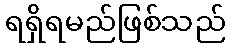
ရရှိရမည်ဖြစ်သည်